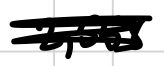
Text: 2,558
Cross-out: scratch
Writing tool: digital_black